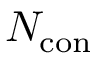
N _ { \mathrm { c o n } }